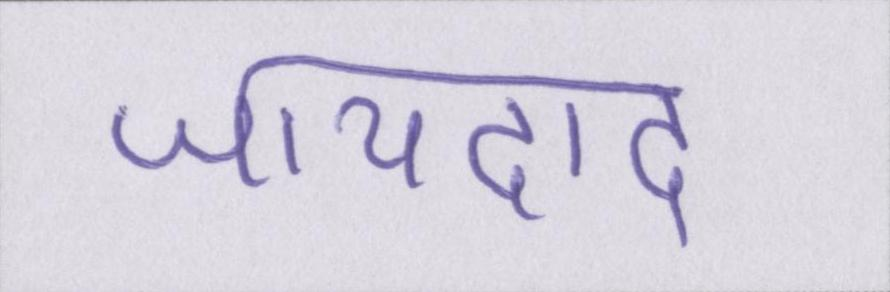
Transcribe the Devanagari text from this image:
जायदाद